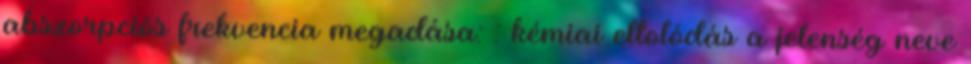
abszorpciós frekvencia megadása: : kémiai eltolódás a jelenség neve